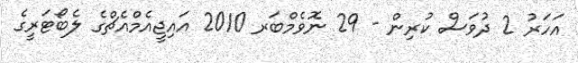
އަހަރު 2 ދުވަސް ކުރިން - 29 ނޮވެމްބަރ 2010 އައިޖީއެމްއެޗްގެ ލެބޯޓަރީގެ